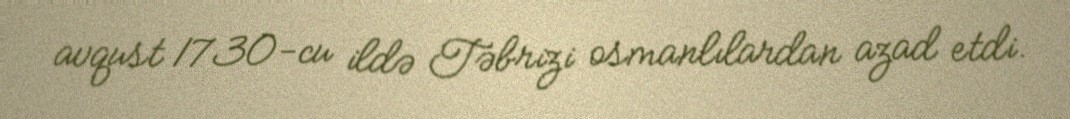
avqust 1730-cu ildə Təbrizi osmanlılardan azad etdi.